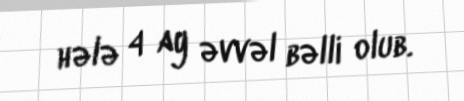
hələ 4 ay əvvəl bəlli olub.